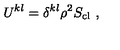
U ^ { k l } = \delta ^ { k l } \rho ^ { 2 } S _ { \mathrm { c l } } \ ,